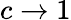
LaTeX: c\to 1